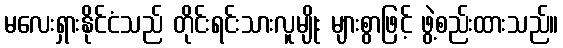
မလေးရှားနိုင်ငံသည် တိုင်းရင်းသားလူမျိုး များစွာဖြင့် ဖွဲ့စည်းထားသည်။